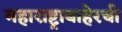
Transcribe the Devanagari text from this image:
महाराष्ट्राबाहेरची